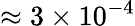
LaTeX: \approx 3\times 10^{-4}